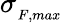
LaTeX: \sigma_{{}_{F,max}}